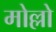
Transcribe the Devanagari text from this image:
मोल्लो